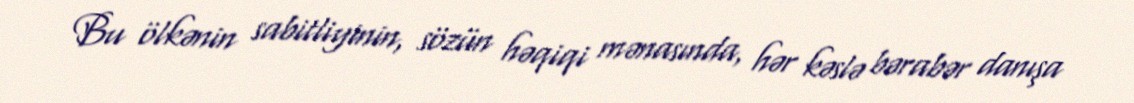
Bu ölkənin sabitliyinin, sözün həqiqi mənasında, hər kəslə bərabər danışa